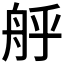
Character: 𮎇